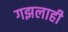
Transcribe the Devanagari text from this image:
गझलाही